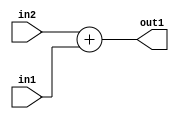
`timescale 1ps / 1ps
/*****************************************************************************
    Verilog RTL Description
    
    
    Created by: Stratus DpOpt 21.05.01 
*******************************************************************************/

module dut_Add_16Ux16U_16U_4 (
	in2,
	in1,
	out1
	); /* architecture "behavioural" */ 
input [15:0] in2,
	in1;
output [15:0] out1;
wire [15:0] asc001;

assign asc001 = 
	+(in2)
	+(in1);

assign out1 = asc001;
endmodule

/* CADENCE  urf4Tw4= : u9/ySxbfrwZIxEzHVQQV8Q== ** DO NOT EDIT THIS LINE ******/